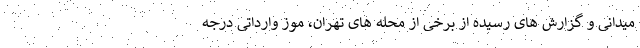
میدانی و گزارش های رسیده از برخی از محله های تهران، موز وارداتی درجه